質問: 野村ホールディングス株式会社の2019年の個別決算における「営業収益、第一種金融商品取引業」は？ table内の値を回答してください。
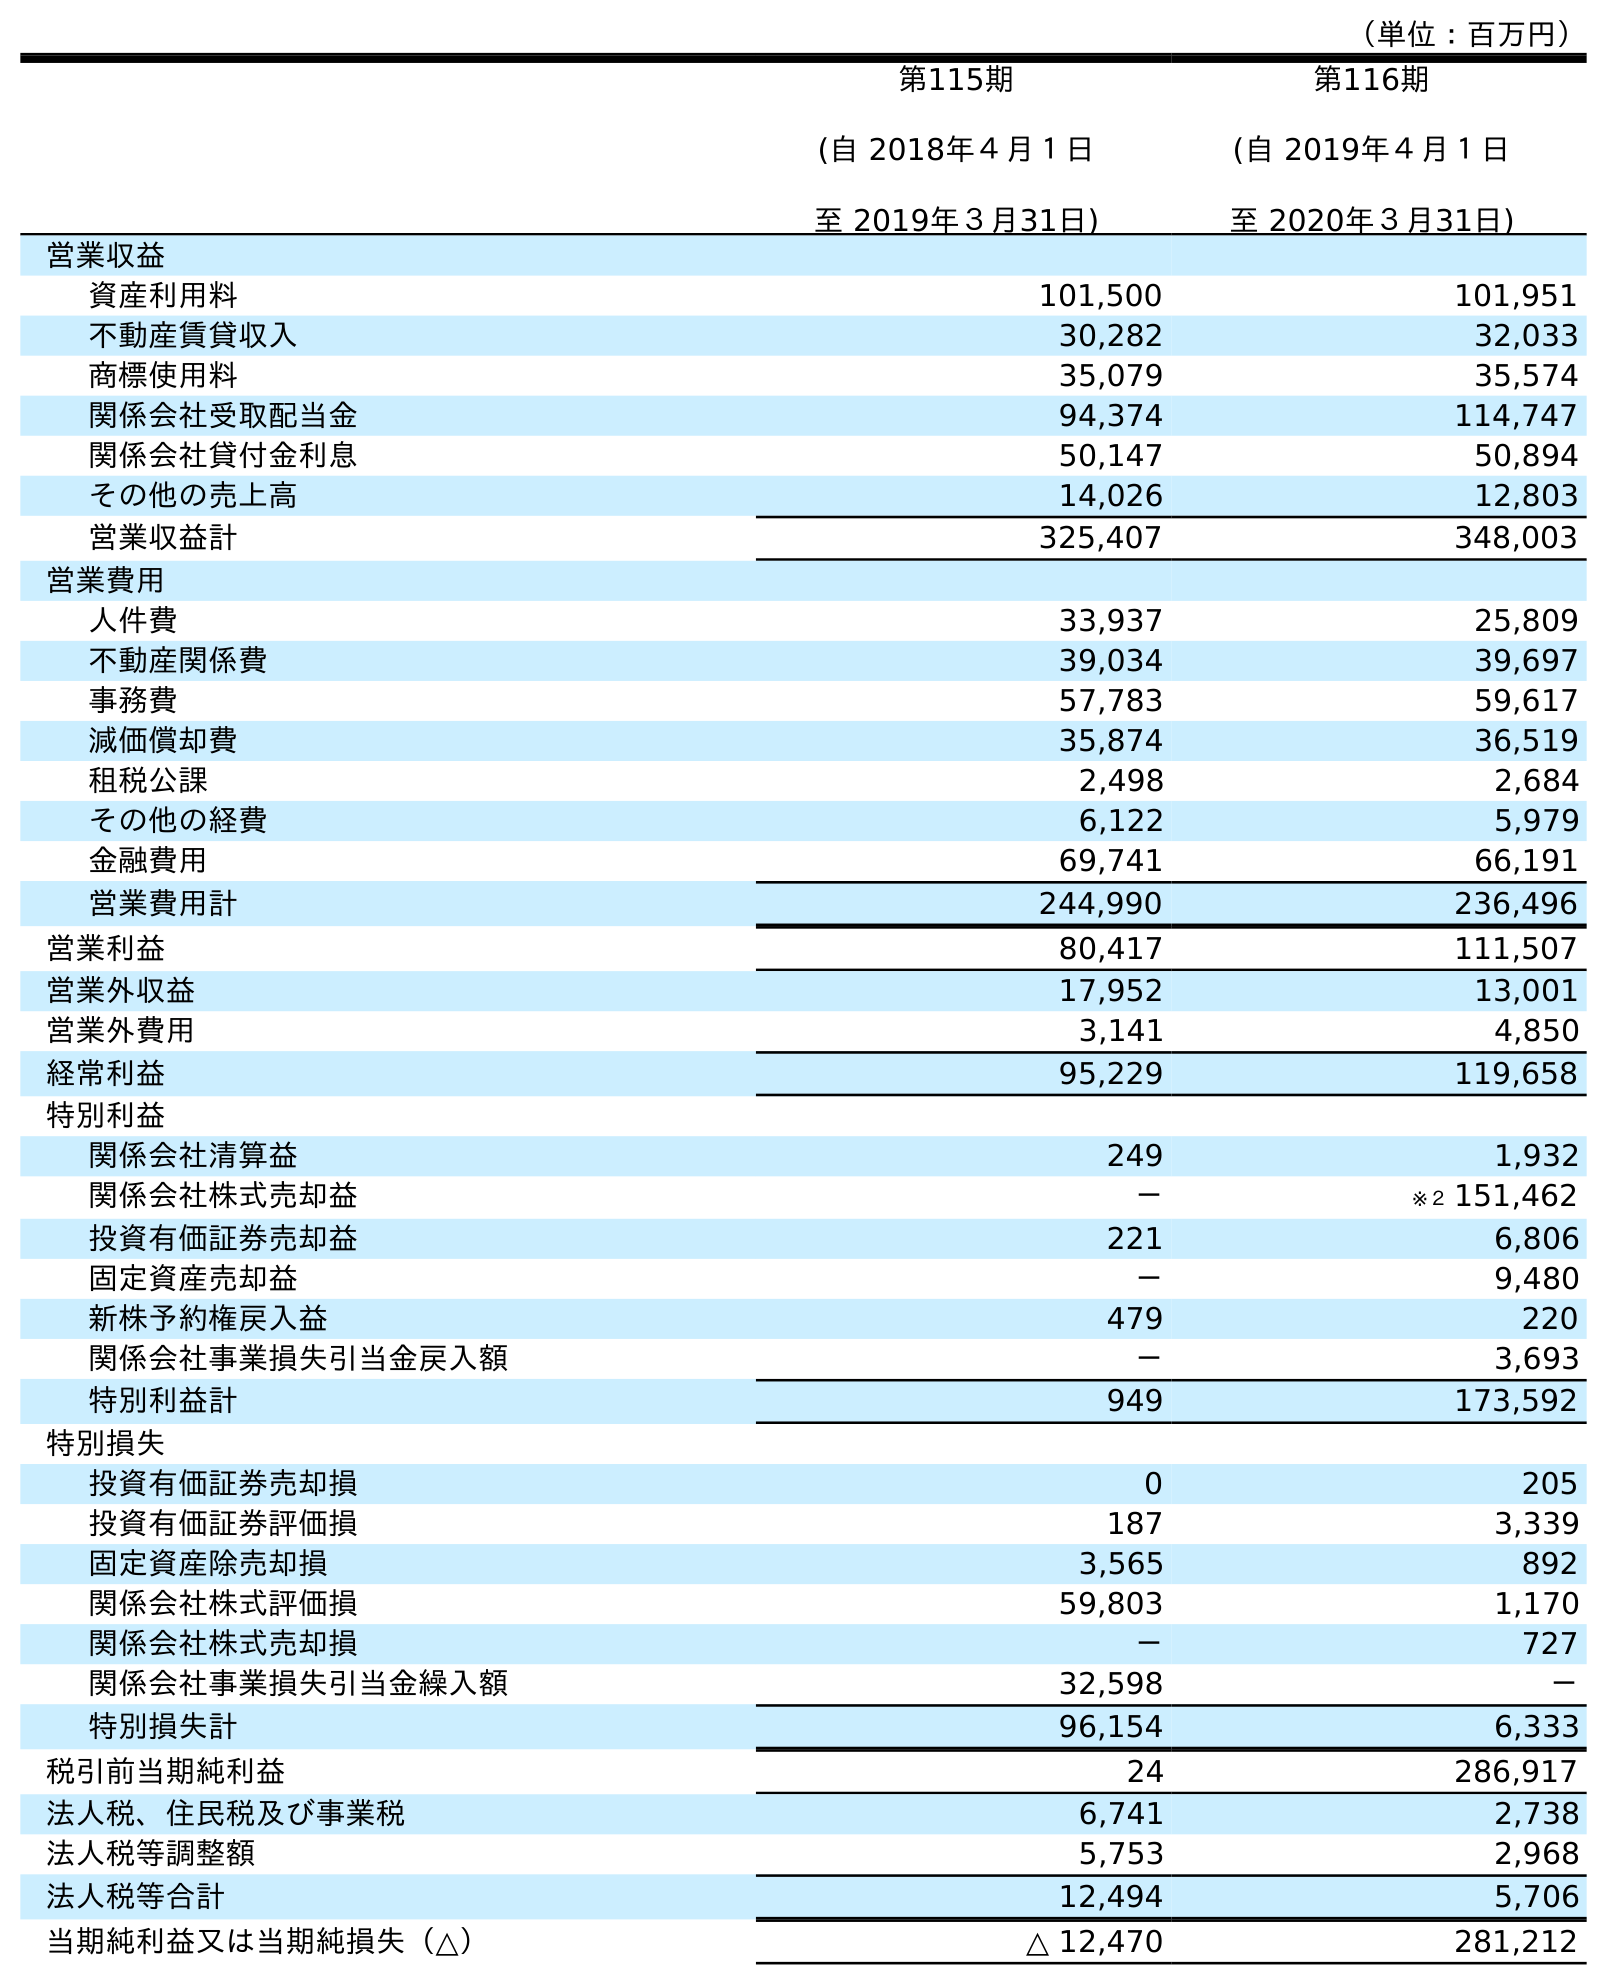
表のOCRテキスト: （単位：百万円） 第115期 (自 2018年４月１日 至 2019年３月31日) 第116期 (自 2019年４月１日 至 2020年３月31日) 営業収益 資産利用料 101,500 101,951 不動産賃貸収入 30,282 32,033 商標使用料 35,079 35,574 関係会社受取配当金 94,374 114,747 関係会社貸付金利息 50,147 50,894 その他の売上高 14,026 12,803 営業収益計 325,407 348,003 営業費用 人件費 33,937 25,809 不動産関係費 39,034 39,697 事務費 57,783 59,617 減価償却費 35,874 36,519 租税公課 2,498 2,684 その他の経費 6,122 5,979 金融費用 69,741 66,191 営業費用計 244,990 236,496 営業利益 80,417 111,507 営業外収益 17,952 13,001 営業外費用 3,141 4,850 経常利益 95,229 119,658 特別利益 関係会社清算益 249 1,932 関係会社株式売却益 － ※２ 151,462 投資有価証券売却益 221 6,806 固定資産売却益 － 9,480 新株予約権戻入益 479 220 関係会社事業損失引当金戻入額 － 3,693 特別利益計 949 173,592 特別損失 投資有価証券売却損 0 205 投資有価証券評価損 187 3,339 固定資産除売却損 3,565 892 関係会社株式評価損 59,803 1,170 関係会社株式売却損 － 727 関係会社事業損失引当金繰入額 32,598 － 特別損失計 96,154 6,333 税引前当期純利益 24 286,917 法人税、住民税及び事業税 6,741 2,738 法人税等調整額 5,753 2,968 法人税等合計 12,494 5,706 当期純利益又は当期純損失（△） △ 12,470 281,212
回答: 325,407